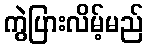
ကွဲပြားလိမ့်မည်